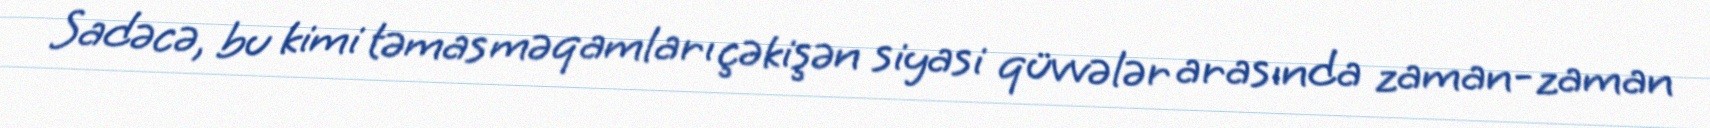
Sadəcə, bu kimi təmas məqamları çəkişən siyasi qüvvələr arasında zaman-zaman